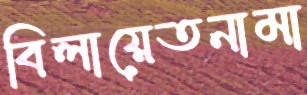
বিলায়েতনামা